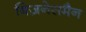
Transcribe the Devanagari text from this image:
बिज़नेसमैन